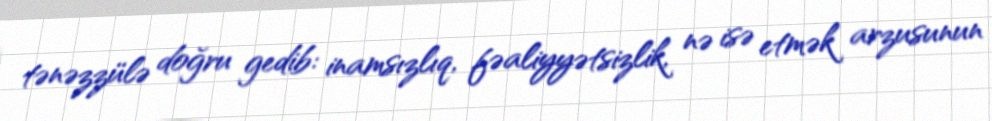
tənəzzülə doğru gedib: inamsızlıq, fəaliyyətsizlik, nə isə etmək arzusunun